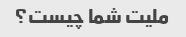
ملیت شما چیست؟